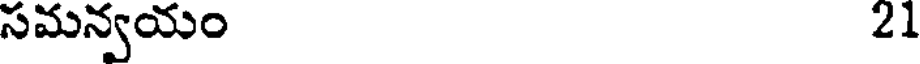
సమన్వయం 21